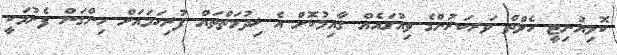
ކޮމިއުނިޓީ ހެލްތް ވަރކަރުންގެ ވިއުގައެއް ޤާއިމުކޮށް އެ ޚިދުމަތްތައް ފުރިހަމައަށް ހިންގަން ފެށުމަކީ